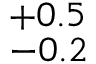
^ { + 0 . 5 } _ { - 0 . 2 }